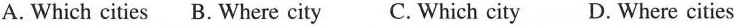
A. Which cities B.Where city C. Which city D. Where cities